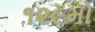
૧૨૯મો